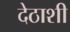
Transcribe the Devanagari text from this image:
देठाशी